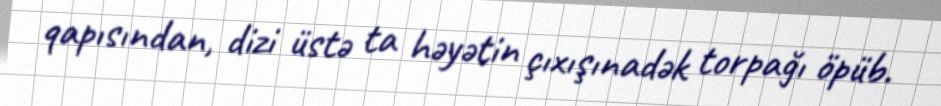
qapısından, dizi üstə ta həyətin çıxışınadək torpağı öpüb.